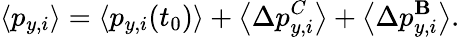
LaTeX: \langle p_{y,i}\rangle=\langle p_{y,i}(t_{0})\rangle+\left\langle\Delta p_{y,i}^{C}\right\rangle+\left\langle\Delta p_{y,i}^{\mathbf{B}}\right\rangle.